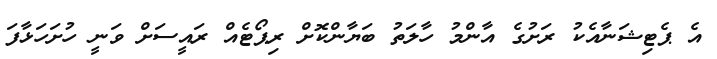
އެ ޕެޓިޝަނާއެކު ރަށުގެ އާންމު ހާލަތު ބަޔާންކޮށް ރިޕޯޓެއް ރައީސަށް ވަނީ ހުށަހަޅާފަ